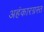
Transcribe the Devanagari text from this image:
अहंकारग्रस्त